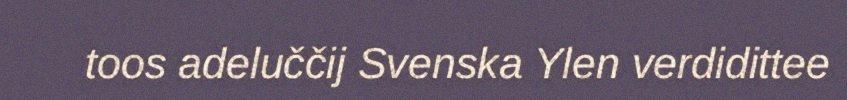
toos adeluččij Svenska Ylen verdidittee